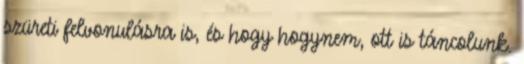
szüreti felvonulásra is, és hogy hogynem, ott is táncolunk.